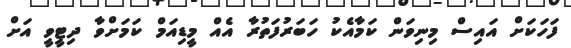
ފަހަކަށް އައިސް މިނިވަން ކަމާއެކު ހަބަރުފަތުރާ އެއް މީޑިއަމް ކަމަށްވާ ދިޓީވީ އަށް